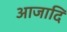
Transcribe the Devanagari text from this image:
आजादि